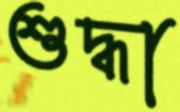
শুদ্ধা